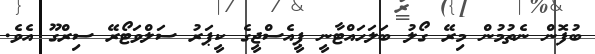
ބުފޮން ނެތުމުން މިރޭ ގޯލު ބަލަހައްޓާނީ ޕީއެސްޖީގެ ކީޕަރު ސަލްވަޓޯރޭ ސިރްގޫ އެވެ.